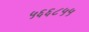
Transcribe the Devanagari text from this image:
५६६८५५